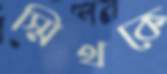
স্মিথকে